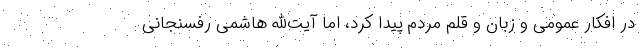
در افکار عمومی و زبان و قلم مردم پیدا کرد، اما آیت‌الله هاشمی رفسنجانی